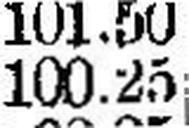
100.25